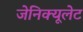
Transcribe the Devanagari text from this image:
जेनिक्यूलेट